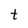
Character: t